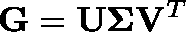
\mathbf { G } = \mathbf { U } \mathbf { \Sigma } \mathbf { V } ^ { T }